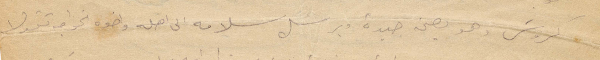
كروش وهو بصحة جيدة ويرسل سلامه الى اهله واخوه الخواجة نقولا